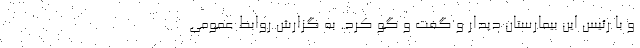
و با رئیس این بیمارستان دیدار و گفت و گو کرد. به گزارش روابط عمومی